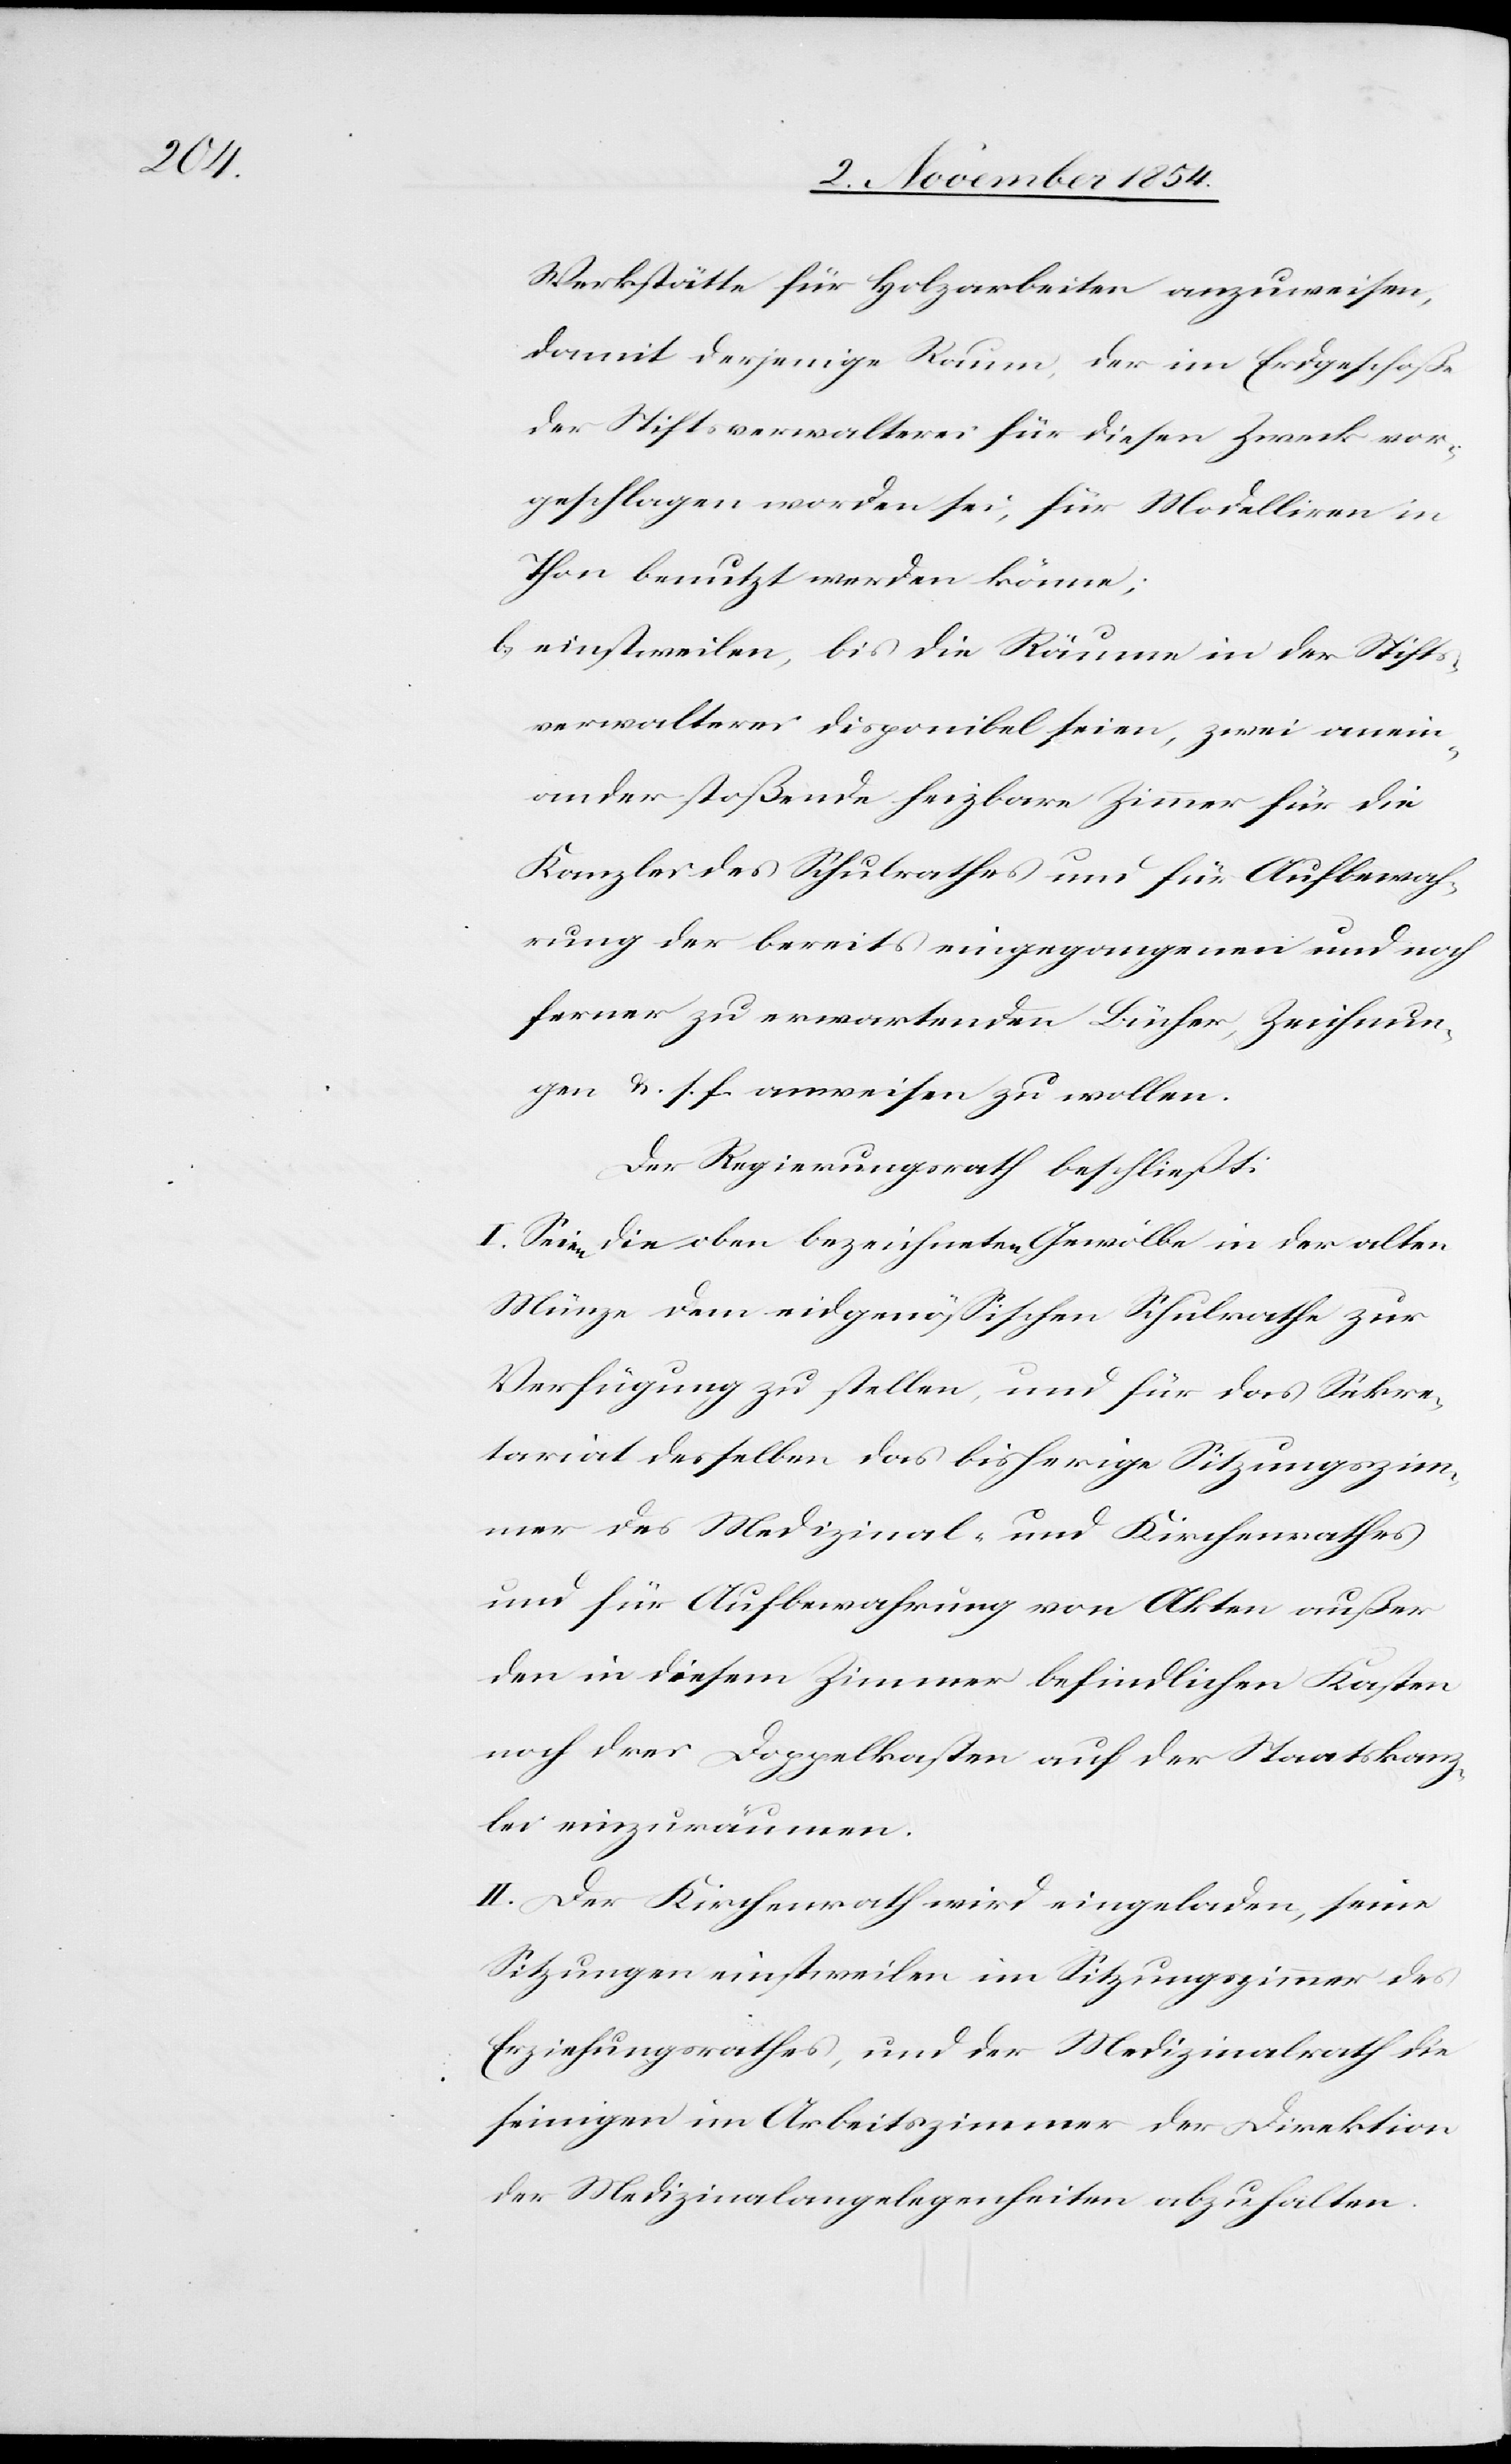
Werkstätte für Holzarbeiten anzuweisen,
damit derjenige Raum, der im Erdgeschoße
der Stiftsverwalterei für diesen Zweck vor¬
geschlagen worden sei, für Modelliren in
Thon benutzt werden könne;
b) einstweilen, bis die Räume in der Stift¬
sverwalterei disponibel seien, zwei anein¬
ander stoßende heizbar Zimmer für die
Kanzlei des Schulrathes und für Aufbewah¬
rung der bereits eingegangenen und noch
ferner zu erwartenden Bücher, Zeichnun¬
gen u. s. f. anweisen zu wollen.
Der Regierungsrath beschließt:
I. Seien die oben bezeichneten Gewölbe in der alten
Münze dem eidgenößischen Schulrathe zur
Verfügung zu stellen, und für das Sekre¬
tariat desselben das bisherige Sitzungszim¬
mer des Medizinal- und Kirchenrathes
und für Aufbewahrung von Akten außer
den in diesem Zimmer befindlichen Kasten
noch drei Doppelkasten auf der Staatskanz¬
lei einzuräumen.
II. Der Kirchenrath wird eingeladen, seine
Sitzungen einstweilen im Sitzungszimmer des
Erziehungsrathes, und der Medizinalrath die
seinigen im Arbeitszimmer der Direktion
der Medizinalangelegenheiten abzuhalten.